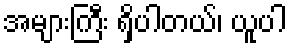
အများကြီး ရှိပါတယ်၊ ယူပါ